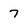
Character: 7